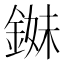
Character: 𨨓